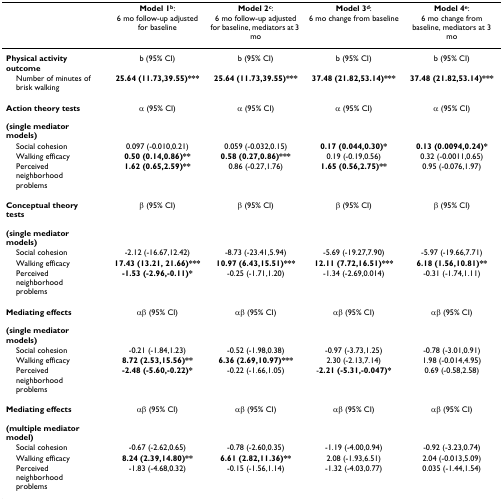
<table><thead><tr><td></td><td></td><td><b>Model 1<sup>b</sup>:6 mo follow-up adjusted for baseline</b></td><td><b>Model 2<sup>c</sup>:6 mo follow-up adjusted for baseline, mediators at 3 mo</b></td><td><b>Model 3<sup>d</sup>:6 mo change from baseline</b></td><td><b>Model 4<sup>e</sup>:6 mo change from baseline, mediators at 3 mo</b></td></tr></thead><tbody><tr><td><b>Physical activity outcome</b></td><td></td><td>b (95% CI)</td><td>b (95% CI)</td><td>b (95% CI)</td><td>b (95% CI)</td></tr><tr><td> Number of minutes of brisk walking</td><td></td><td><b>25.64 (11.73,39.55)***</b></td><td><b>25.64 (11.73,39.55)***</b></td><td><b>37.48 (21.82,53.14)***</b></td><td><b>37.48 (21.82,53.14)***</b></td></tr><tr><td><b>Action theory tests</b><b>(single mediator models)</b></td><td></td><td>α (95% CI)</td><td>α (95% CI)</td><td>α (95% CI)</td><td>α (95% CI)</td></tr><tr><td> Social cohesion</td><td></td><td>0.097 (-0.010,0.21)</td><td>0.059 (-0.032,0.15)</td><td><b>0.17 (0.044,0.30)*</b></td><td><b>0.13 (0.0094,0.24)*</b></td></tr><tr><td> Walking efficacy</td><td></td><td><b>0.50 (0.14,0.86)**</b></td><td><b>0.58 (0.27,0.86)***</b></td><td>0.19 (-0.19,0.56)</td><td>0.32 (-0.0011,0.65)</td></tr><tr><td> Perceived neighborhood problems</td><td></td><td><b>1.62 (0.65,2.59)**</b></td><td>0.86 (-0.27,1.76)</td><td><b>1.65 (0.56,2.75)**</b></td><td>0.95 (-0.076,1.97)</td></tr><tr><td><b>Conceptual theory tests</b><b>(single mediator models)</b></td><td></td><td>β (95% CI)</td><td>β (95% CI)</td><td>β (95% CI)</td><td>β (95% CI)</td></tr><tr><td> Social cohesion</td><td></td><td>-2.12 (-16.67,12.42)</td><td>-8.73 (-23.41,5.94)</td><td>-5.69 (-19.27,7.90)</td><td>-5.97 (-19.66,7.71)</td></tr><tr><td> Walking efficacy</td><td></td><td><b>17.43 (13.21, 21.66)***</b></td><td><b>10.97 (6.43,15.51)***</b></td><td><b>12.11 (7.72,16.51)***</b></td><td><b>6.18 (1.56,10.81)**</b></td></tr><tr><td> Perceived neighborhood problems</td><td></td><td><b>-1.53 (-2.96,-0.11)*</b></td><td>-0.25 (-1.71,1.20)</td><td>-1.34 (-2.69,0.014)</td><td>-0.31 (-1.74,1.11)</td></tr><tr><td><b>Mediating effects</b><b>(single mediator models)</b></td><td></td><td>αβ (95% CI)</td><td>αβ (95% CI)</td><td>αβ (95% CI)</td><td>αβ (95% CI)</td></tr><tr><td> Social cohesion</td><td></td><td>-0.21 (-1.84,1.23)</td><td>-0.52 (-1.98,0.38)</td><td>-0.97 (-3.73,1.25)</td><td>-0.78 (-3.01,0.91)</td></tr><tr><td> Walking efficacy</td><td></td><td><b>8.72 (2.53,15.56)**</b></td><td><b>6.36 (2.69,10.97)***</b></td><td>2.30 (-2.13,7.14)</td><td>1.98 (-0.014,4.95)</td></tr><tr><td> Perceived neighborhood problems</td><td></td><td><b>-2.48 (-5.60,-0.22)*</b></td><td>-0.22 (-1.66,1.05)</td><td>-<b>2.21 (-5.31,-0.047)*</b></td><td>0.69 (-0.58,2.58)</td></tr><tr><td><b>Mediating effects</b><b>(multiple mediator model)</b></td><td></td><td>αβ (95% CI)</td><td>αβ (95% CI)</td><td>αβ (95% CI)</td><td>αβ (95% CI)</td></tr><tr><td> Social cohesion</td><td></td><td>-0.67 (-2.62,0.65)</td><td>-0.78 (-2.60,0.35)</td><td>-1.19 (-4.00,0.94)</td><td>-0.92 (-3.23,0.74)</td></tr><tr><td> Walking efficacy</td><td></td><td><b>8.24 (2.39,14.80)**</b></td><td><b>6.61 (2.82,11.36)**</b></td><td>2.08 (-1.93,6.51)</td><td>2.04 (-0.013,5.09)</td></tr><tr><td> Perceived neighborhood problems</td><td></td><td>-1.83 (-4.68,0.32)</td><td>-0.15 (-1.56,1.14)</td><td>-1.32 (-4.03,0.77)</td><td>0.035 (-1.44,1.54)</td></tr></tbody></table>